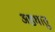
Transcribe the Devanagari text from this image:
अष्ठधातु